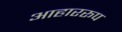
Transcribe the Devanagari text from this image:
आहाररूप